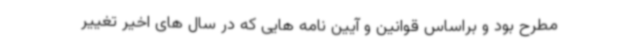
مطرح بود و براساس قوانین و آیین نامه هایی که در سال های اخیر تغییر